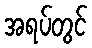
အရပ်တွင်